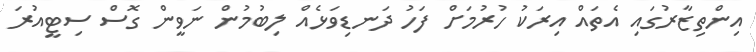
އިންތިޒާރުގައި އެތައް އިރަކު ހުރުމަށް ފަހު ދަނޑިވަޅެއް ލިބުމުން ނަވީން ގޮސް ސިޓީއުރަ